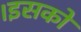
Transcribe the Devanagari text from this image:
।इसको